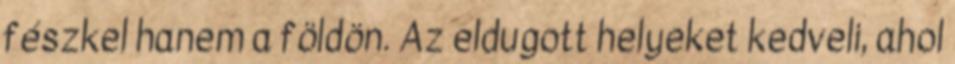
fészkel hanem a földön. Az eldugott helyeket kedveli, ahol